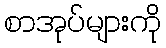
စာအုပ်များကို